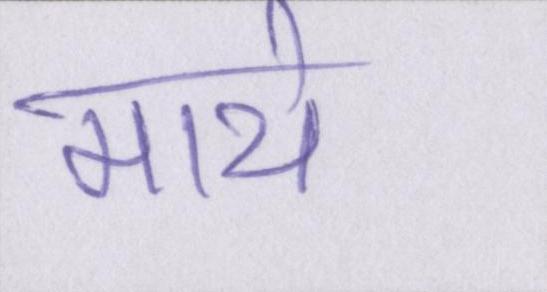
माथे